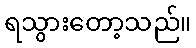
ရသွားတော့သည်။